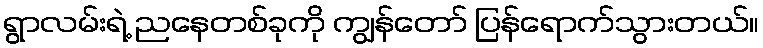
ရွာလမ်းရဲ့ ညနေတစ်ခုကို ကျွန်တော် ပြန်ရောက်သွားတယ်။